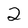
Character: 2